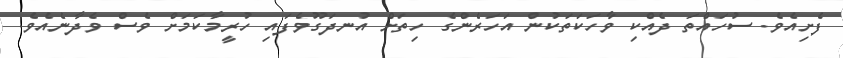
ފެށިއެވެ. ސުހައްތަ ދެއްކި ވާހަކަތަކުން އަހަރެންގެ ހިތަށް އުނދަގޫވެފައި ހުރީމާކަމަށް ވެސް ވެދާނެއެވެ.